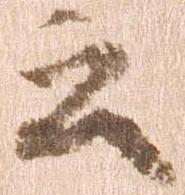
云